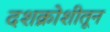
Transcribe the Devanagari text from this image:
दशक्रोशीतून